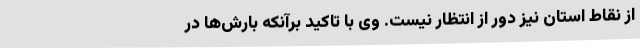
از نقاط استان نیز دور از انتظار نیست. وی با تاکید برآنکه بارش‌ها در